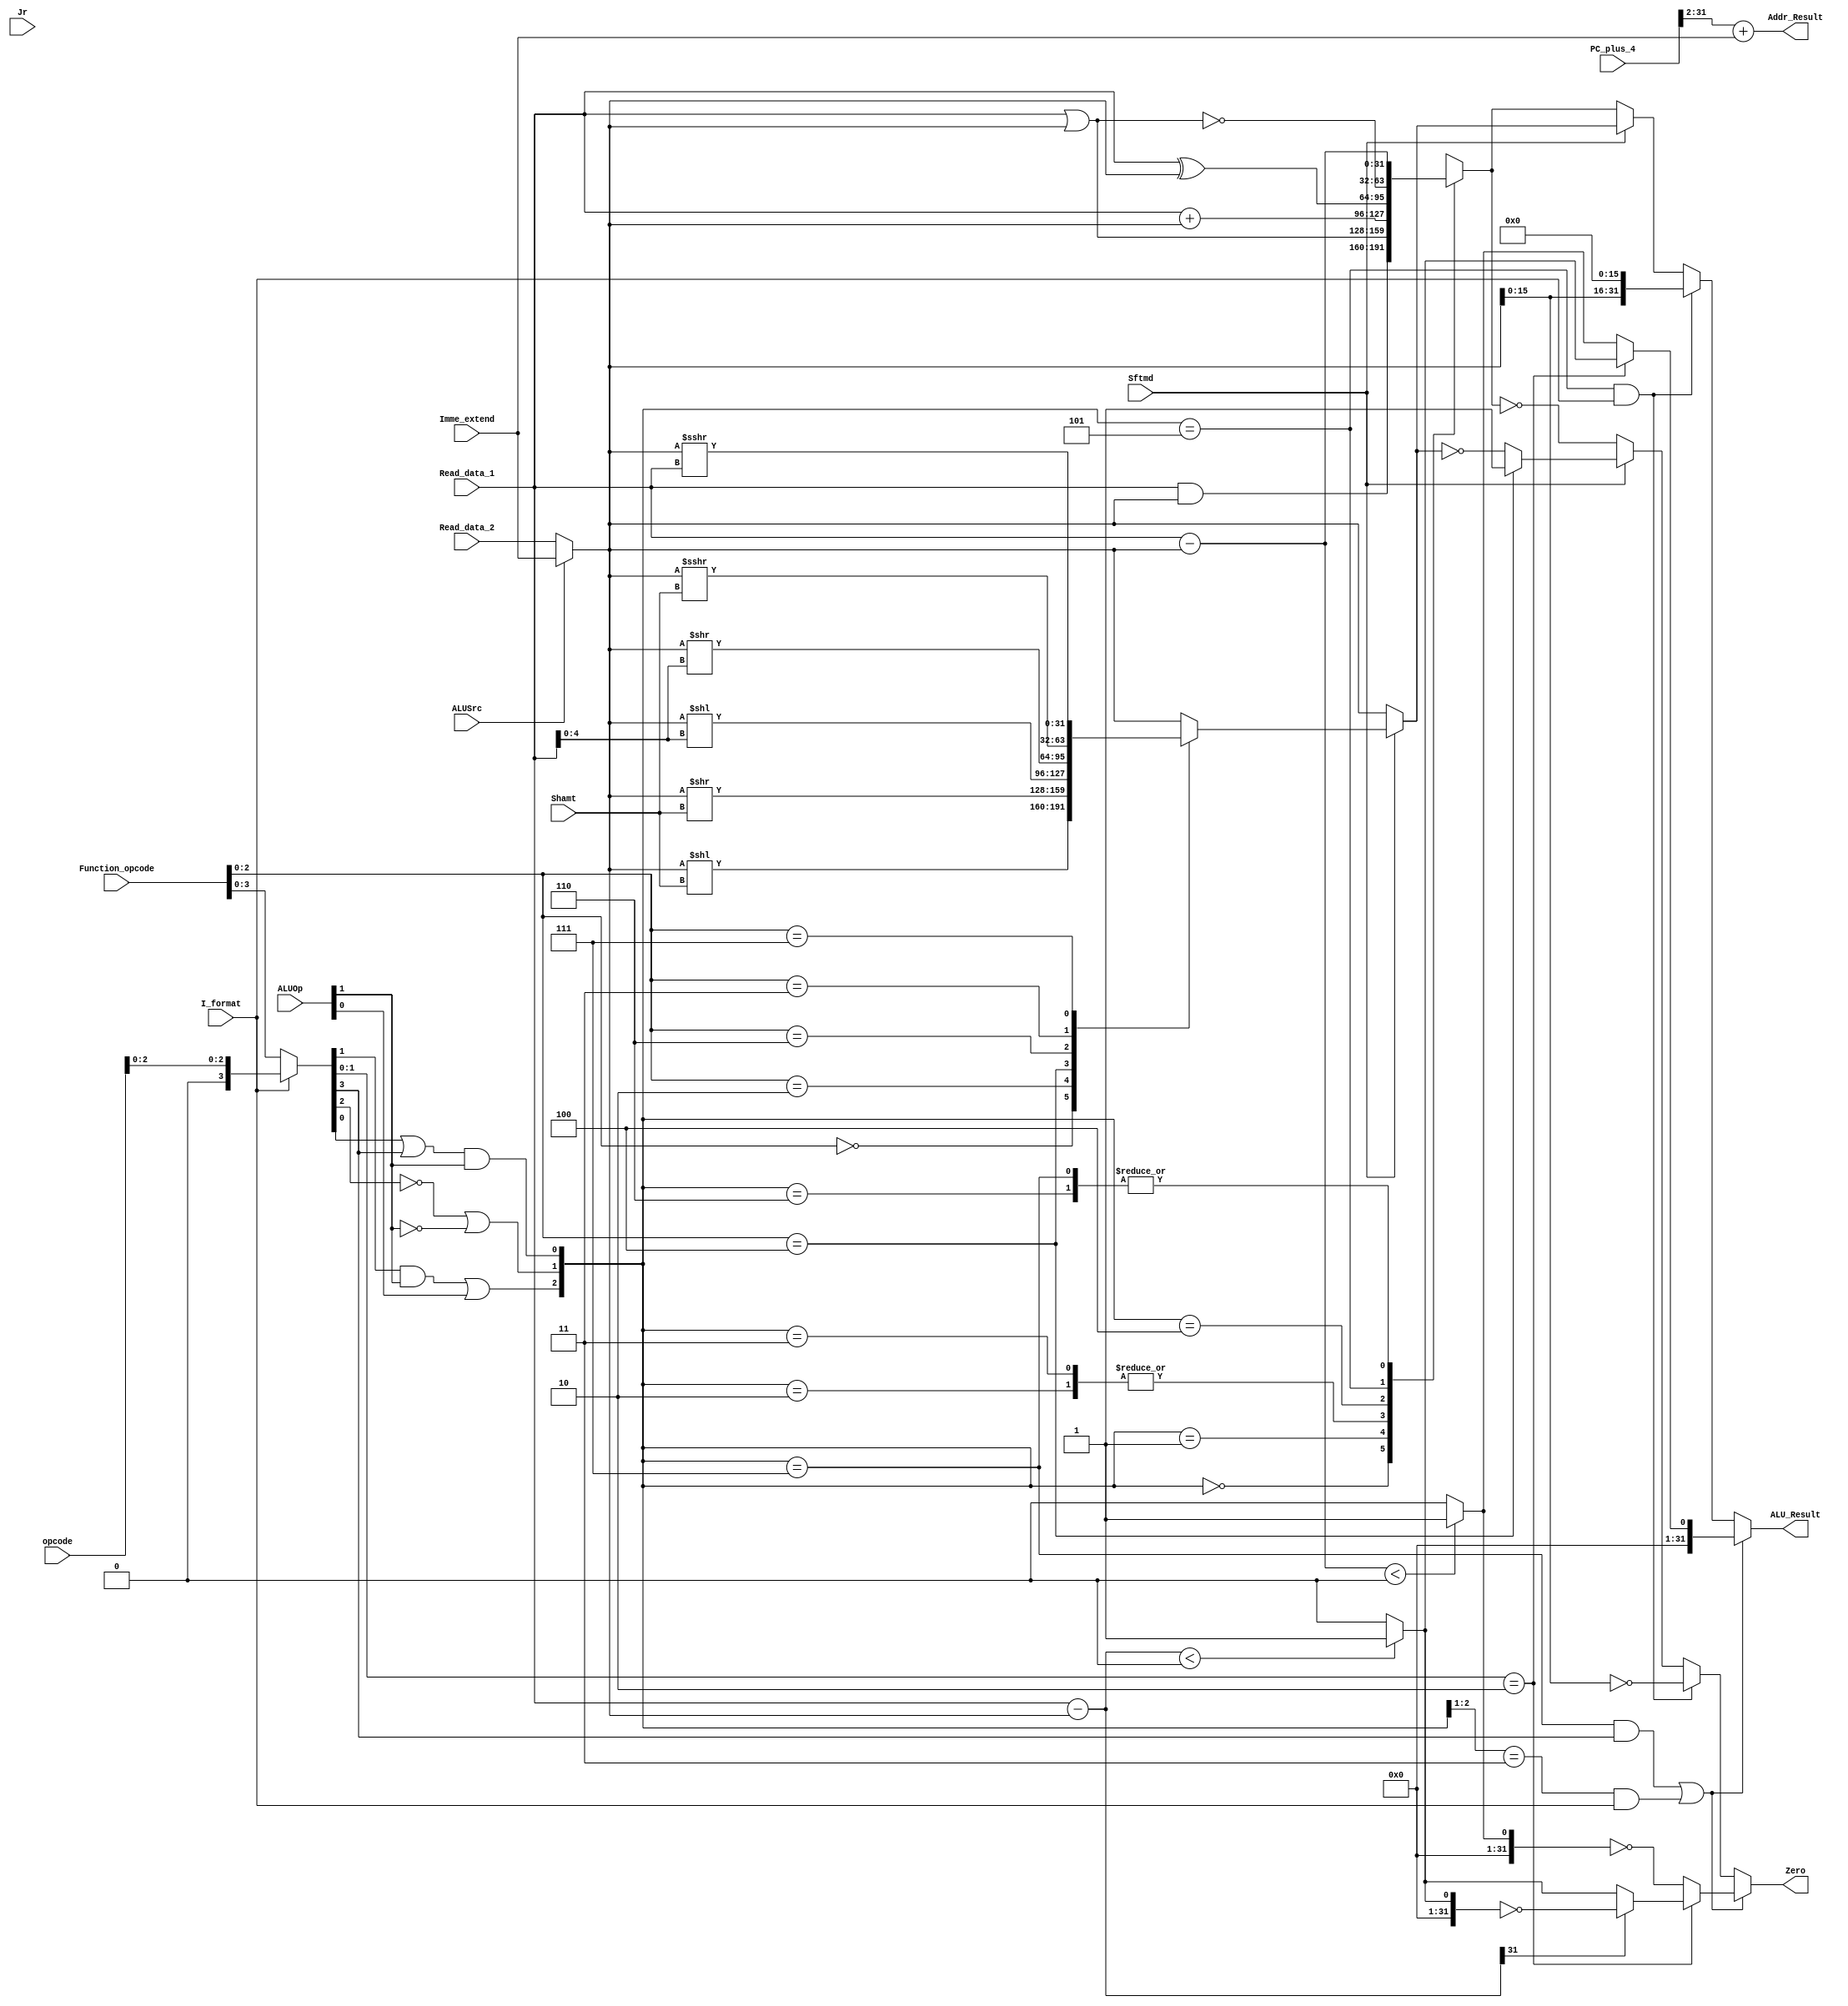
`timescale 1ns / 1ps
//////////////////////////////////////////////////////////////////////////////////
// Company: 
// Engineer: 
// 
// Design Name: 
// Module Name: ALU
// Project Name: 
// Target Devices: 
// Tool Versions: 
// Description: 
// 
// Dependencies: 
// 
// Revision:
// Revision 0.01 - File Created
// Additional Comments:
// 
//////////////////////////////////////////////////////////////////////////////////


module Executs32(
    //decoder
    input[31:0] Read_data_1,
    input[31:0] Read_data_2,
    input[31:0] Imme_extend,
    //ifetch
    input[5:0] Function_opcode,
    input[5:0] opcode,
    input[1:0] ALUOp,
    input[4:0] Shamt,
    input ALUSrc,
    input I_format,
    output reg Zero,
    input Sftmd,
    output reg[31:0] ALU_Result,
    output reg[31:0] Addr_Result,
    input[31:0] PC_plus_4,
    input Jr
    );
    
    wire[31:0] Ainput,Binput;// data1, data2 ? imme_extend
    wire[5:0] Exe_code;
    wire[2:0] ALU_ctl;
    wire[2:0] Sftm;
    
    reg[31:0] ALU_output_mux;
    reg[31:0] Shift_Result;
    wire[32:0] Branch_Addr;
    
    assign Ainput=Read_data_1;
    assign Binput=(ALUSrc==0)?Read_data_2:Imme_extend[31:0];
  
    assign Exe_code = (I_format==0) ? Function_opcode : { 3'b000 , opcode[2:0] };
    assign ALU_ctl[0] = (Exe_code[0] | Exe_code[3]) & ALUOp[1];
    assign ALU_ctl[1] = ((!Exe_code[2]) | (!ALUOp[1]));
    assign ALU_ctl[2] = (Exe_code[1] & ALUOp[1]) | ALUOp[0];
    
    always @(ALU_ctl or Ainput or Binput) begin
        case(ALU_ctl)
            3'b000:ALU_output_mux= Ainput & Binput;
            3'b001:ALU_output_mux= Ainput | Binput ;
            3'b010:ALU_output_mux= Ainput + Binput;//add
            3'b011:ALU_output_mux= Ainput +Binput;//addu
            3'b100:ALU_output_mux= Ainput ^ Binput;
            3'b101:ALU_output_mux=~( Ainput | Binput);//nor
            3'b110:ALU_output_mux= Ainput - Binput;//sub,bneq,beq    rd is addr_result 
            3'b111:ALU_output_mux= Ainput - Binput;//slt or subu,sltu
            default:ALU_output_mux=32'h0000_0000;
        endcase
    end
    
    assign Sftm=Function_opcode[2:0];
    wire signed [31:0] signedBinput = Binput;
    wire signed [31:0] signedAinput = Ainput;
    wire signed[31:0] answer=signedAinput-signedBinput;
    wire[4:0] sll_bit=Ainput[4:0];
 
    always @* begin // six types of shift instructions
    if(Sftmd)
        case(Sftm[2:0])
            3'b000:Shift_Result = Binput << Shamt; //Sll rd,rt,shamt 00000
            3'b010:Shift_Result = Binput >> Shamt; //Srl rd,rt,shamt 00010
            3'b100:Shift_Result = Binput << sll_bit; //Sllv rd,rt,rs 000100
            3'b110:Shift_Result = Binput >> sll_bit; //Srlv rd,rt,rs 000110
            3'b011:Shift_Result = signedBinput >>> Shamt; //Sra rd,rt,shamt 00011
            3'b111:Shift_Result = signedBinput >>> Ainput; //Srav rd,rt,rs 00111
        default:Shift_Result = Binput;
        endcase
    else
        Shift_Result = Binput;
    end
    
    
    always @* begin
    //set type operation (slt, slti, sltu, sltiu)

        if(((ALU_ctl==3'b111) && (Exe_code[3]==1))||((ALU_ctl[2:1]==2'b11) && (I_format==1))) begin
            ALU_Result=(Ainput -Binput <0)?1:0;
             if(Exe_code[1:0]==2'b10)begin//slt
                 ALU_Result=((answer)<0)?1:0;   
                 if(answer[31]==0)
                     Zero= (ALU_Result!=0);
                 else
                     Zero= (ALU_Result==0);              
                end  
             else
                Zero= (ALU_Result==0);   
        end
    //lui operation
        else if((ALU_ctl==3'b101) && (I_format==1)) begin
            ALU_Result[31:0]={Binput[15:0],{16{1'b0}}};
             Zero= (ALU_Result==0);
             end
    //shift operation
        else if(Sftmd==1) begin
            ALU_Result = Shift_Result ;
            if(Sftm==3'b100)
                Zero=1'b1;
            else
               Zero=(ALU_Result==0);     
            end
    //other types of operation in ALU (arithmatic or logic calculation)
        else begin
            ALU_Result = ALU_output_mux;
             Zero= (ALU_Result==0);
             end
    end

    
//    always @* begin
//        if(answer[31]==0)
//            Zero= ALU_Result;
//        else
//            Zero= (ALU_Result==0);
//    end
    
    always @* begin
            Addr_Result=(PC_plus_4>>2)+Imme_extend;
    end
 
endmodule